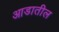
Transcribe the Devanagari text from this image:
आडातील